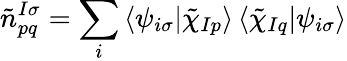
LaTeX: {\tilde{n}}_{pq}^{I\sigma}=\sum_{i}\left<\psi_{i\sigma}|\tilde{\chi}_{Ip}\right>\left<\tilde{\chi}_{Iq}|\psi_{i\sigma}\right>